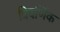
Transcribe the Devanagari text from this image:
त्रिवर्णिक